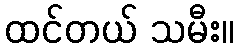
ထင်တယ် သမီး။